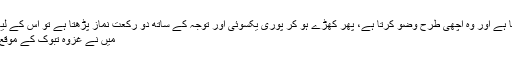
جو بھی مسلمان وضو کرتا ہے اور وہ اچھی طرح وضو کرتا ہے، پھر کھڑے ہو کر پوری یکسوئی اور توجہ کے ساتھ دو رکعت نماز پڑھتا ہے تو اس کے لیے جنت واجب ہوجاتی ہے
میں نے غزوۂ تبوک کے موقع پر نبی ﷺ کو وضو کرایا۔